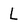
Character: L